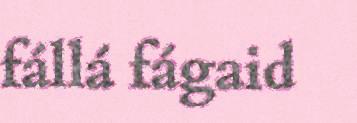
fállá fágaid